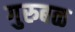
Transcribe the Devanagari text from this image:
गुरुबळ